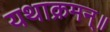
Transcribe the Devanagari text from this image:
यथाक्रमन्॥